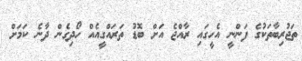
ތަޖުރިބާތަކުގެ ފަންނީ އެހީގައި ރާއްޖެ އަށް ބޮޑު ތަރައްގީއެއް ހޯދިގެން ދާނެ ކަމަށް